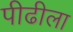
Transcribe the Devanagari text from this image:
पीढीला